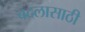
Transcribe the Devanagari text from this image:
बदलासाठी